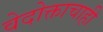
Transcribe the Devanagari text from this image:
वेदोक्ताचाही